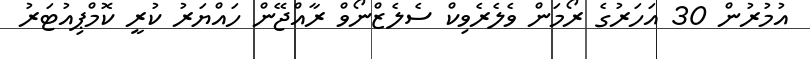
އުމުރުން 30 އަހަރުގެ ރޯމަން ވެލެރެވިކް ސެލެޒްނޯވް ރާއްޖޭން ހައްޔަރު ކުރީ ކޮމްޕިއުޓަރު